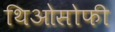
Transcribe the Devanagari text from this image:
थिओसोफी